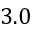
3 . 0